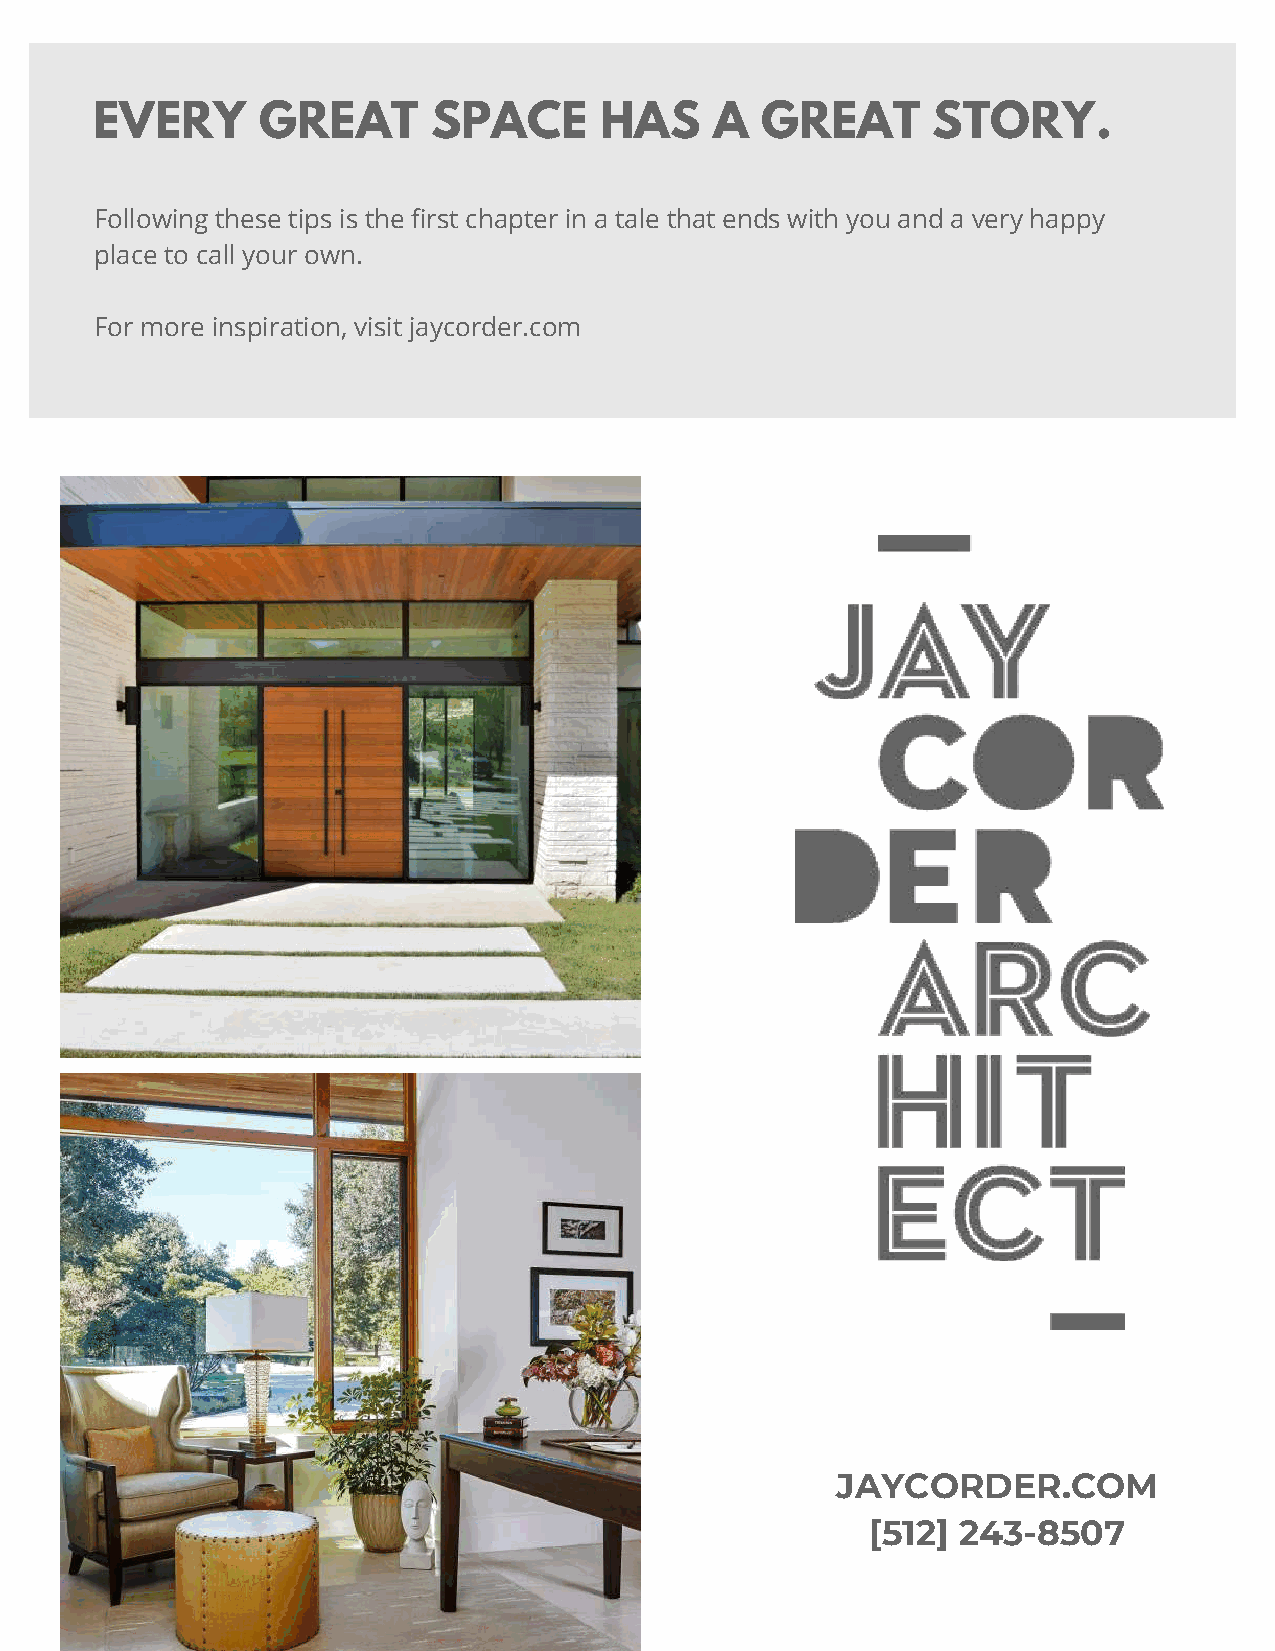
EVERY      GREAT       SPACE      HAS    A  GREAT       STORY.
 Following these tips is the first chapter in a tale that ends with you and a very happy
 place to call your own.
 For more inspiration, visit jaycorder.com
 JAYCORDER.COM
 [512] 243-8507